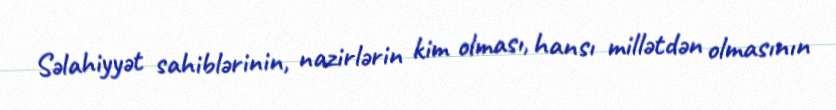
Səlahiyyət sahiblərinin, nazirlərin kim olması, hansı millətdən olmasının